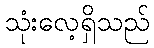
သုံးလေ့ရှိသည်